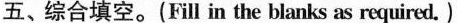
五、综合填空。(Fill in the blanks as required.)